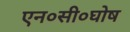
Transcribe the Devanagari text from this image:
एन०सी०घोष